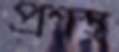
প্রশস্থ